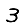
Digit: 3